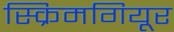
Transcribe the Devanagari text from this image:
स्क्रिमगियूर